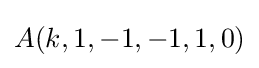
A(k,1,-1,-1,1,0)